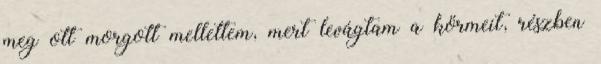
meg ott morgott mellettem, mert levágtam a körmeit, részben